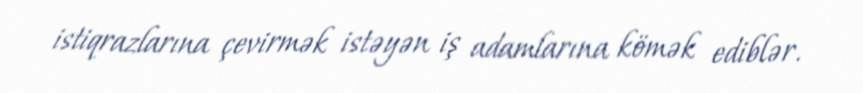
istiqrazlarına çevirmək istəyən iş adamlarına kömək ediblər.